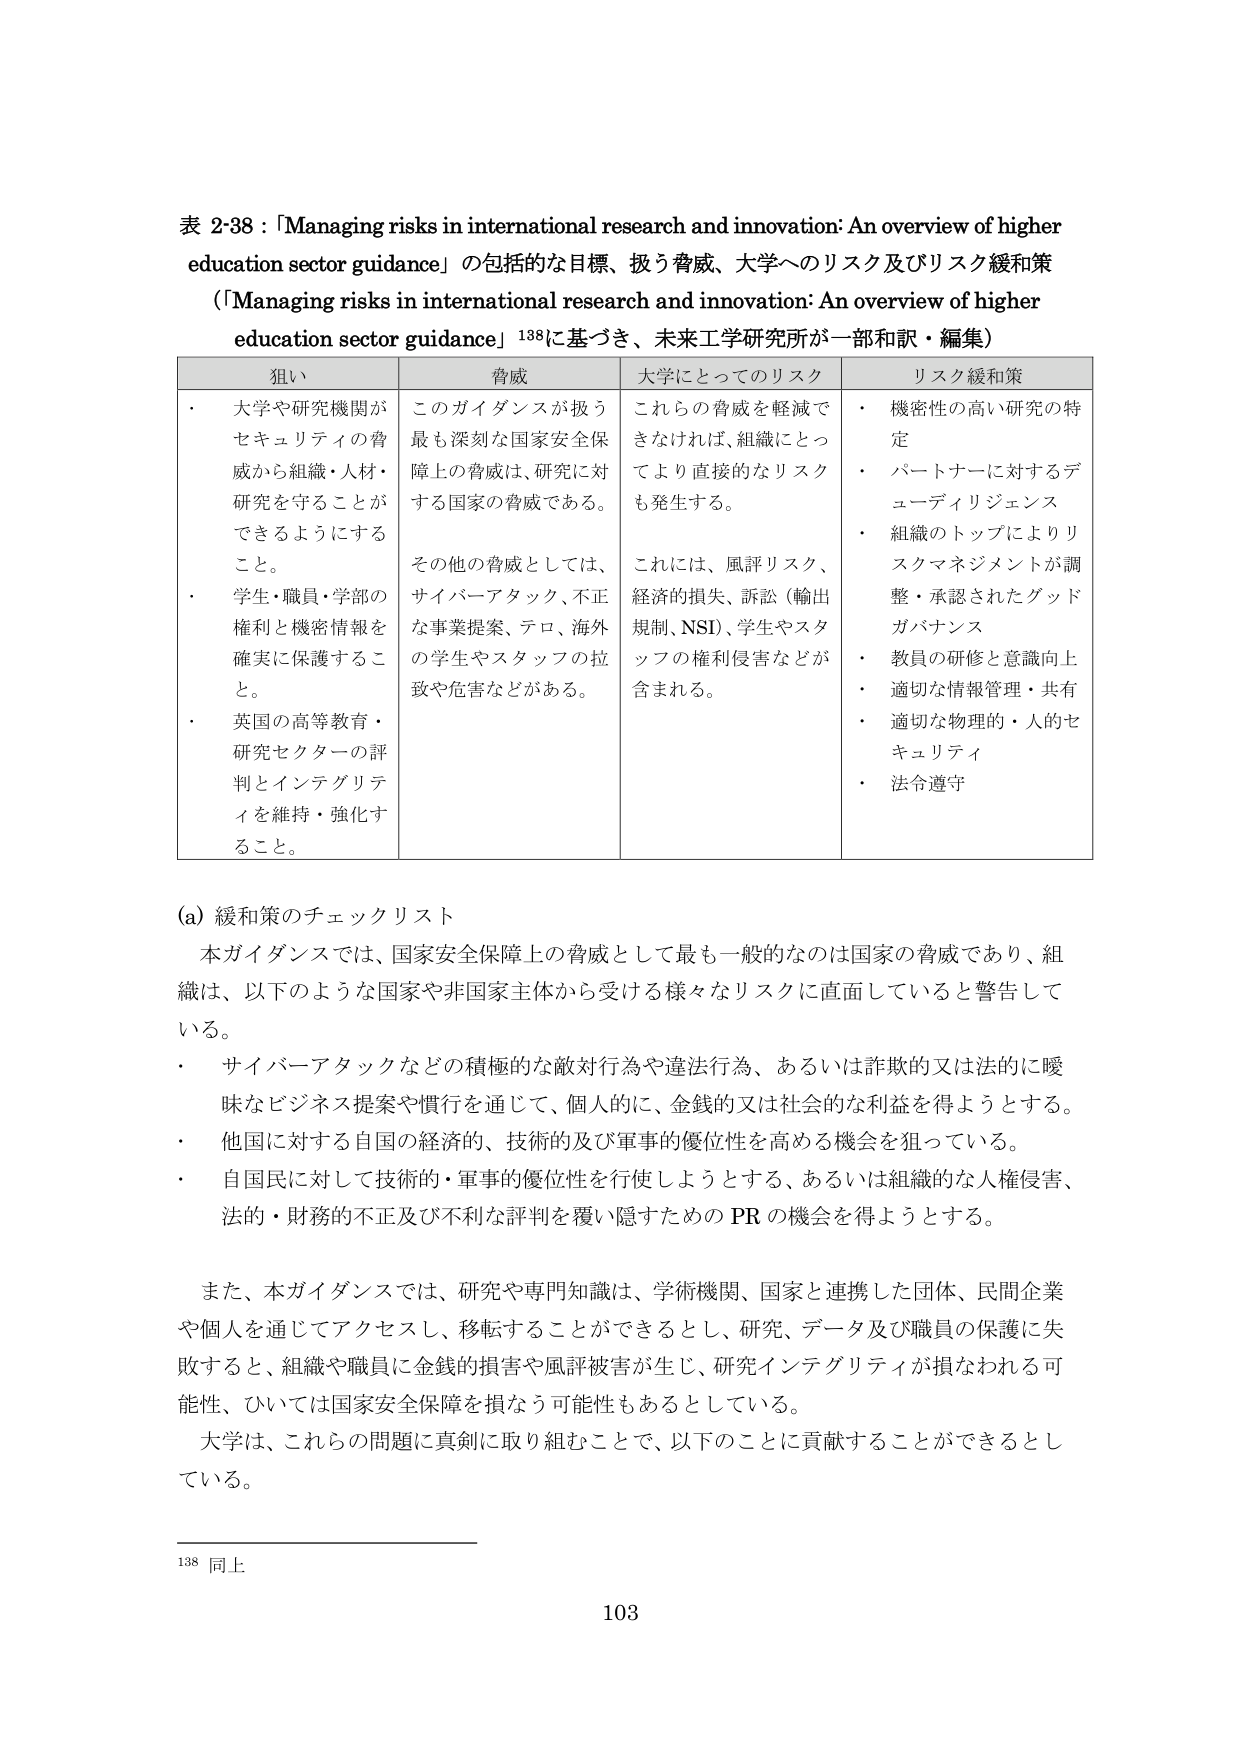
表 2-38：「Managing risks in international research and innovation: An overview of higher education sector guidance」の包括的な目標、扱う脅威、大学へのリスク及びリスク緩和策
（「Managing risks in international research and innovation: An overview of higher education sector guidance」138に基づき、未来工学研究所が一部和訳・編集）

狙い
・ 大学や研究機関がセキュリティの脅威から組織・人材・研究を守ることができるようにする。
・ 学生・職員・学部の権利と機密情報を確実に保護すること。
・ 英国の高等教育・研究セクターの評判とインテグリティを維持・強化すること。

脅威
このガイダンスが扱う最も深刻な国家安全保障上の脅威は、研究に対する国家の脅威である。
その他の脅威としては、サイバー攻撃、不正な事業提案、テロ、海外の学生やスタッフの拉致や危害などがある。

大学にとってのリスク
これらの脅威を軽減できなければ、組織にとってより直接的なリスクも発生する。
これには、風評リスク、経済的損失、訴訟（輸出規制、NSI）、学生やスタッフの権利侵害などが含まれる。

リスク緩和策
・ 機密性の高い研究の特定
・ パートナーに対するデューディリジェンス
・ 組織のトップによりリスクマネジメントが調整・承認されたグッドガバナンス
・ 教員の研修と意識向上
・ 適切な情報管理・共有
・ 適切な物理的・人的セキュリティ
・ 法令遵守

(a) 緩和策のチェックリスト
本ガイダンスでは、国家安全保障上の脅威として最も一般的なのは国家の脅威であり、組織は、以下のような国家や非国家主体から受ける様々なリスクに直面していると警告している。
・ サイバー攻撃などの積極的な敵対行為や違法行為、あるいは詐欺的又は法的に曖昧なビジネス提案や慣行を通じて、個人的に、金銭的又は社会的な利益を得ようとする。
・ 他国に対する自国の経済的、技術的及び軍事的優位性を高める機会を狙っている。
・ 自国民に対して技術的・軍事的優位性を行使しようとする、あるいは組織的な人権侵害、法的・財務的不正及び不利な評判を覆い隠すための PR の機会を得ようとする。

また、本ガイダンスでは、研究や専門知識は、学術機関、国家と連携した団体、民間企業や個人を通じてアクセスし、移転することができるとして、研究、データ及び職員の保護に失敗すると、組織や職員に金銭的損害や風評被害が生じ、研究インテグリティが損なわれる可能性、ひいては国家安全保障を損なう可能性もあるとしている。
大学は、これらの問題に真剣に取り組むことで、以下のことにも貢献することができるとしている。

138 同上
103